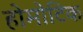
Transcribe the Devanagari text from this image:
होमोटिक